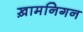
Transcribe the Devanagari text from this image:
ख़ामनिगन